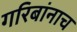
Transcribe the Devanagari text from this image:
गरिबांनाच